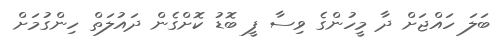
ބަލަ ހައްޖަށް ދާ މީހުންގެ ވިސާ ފީ ބޮޑު ކޮށްގެން ދައުލަތް ހިންގުމަށް